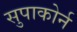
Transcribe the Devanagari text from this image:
सुपाकोर्न